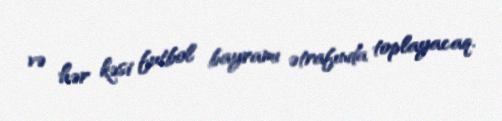
və hər kəsi futbol bayramı ətrafında toplayacaq.